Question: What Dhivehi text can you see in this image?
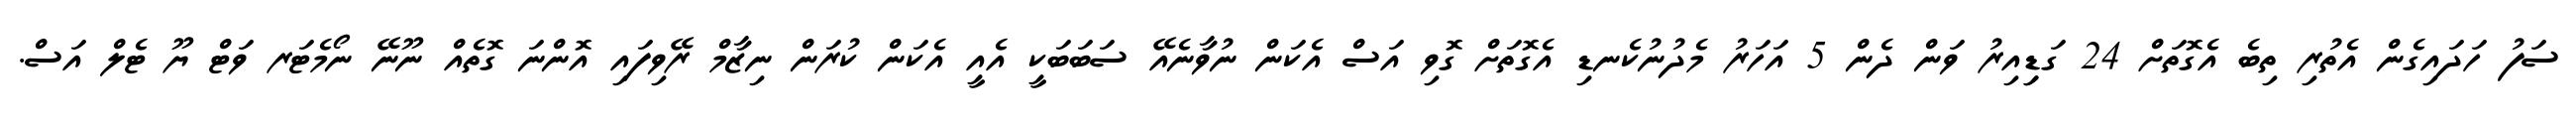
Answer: ސަފު ހަދައިގެން އެތުރި ތިބެ އެގޮތަށް 24 ގަޑިިއިރު ވަން ދެން 5 އަހަރު މެދުނުކެނޑި އެގޮތަށް ގޮވި އަސް އެކަން ނުވާނެއޭ ސަބަބަކީ އެއީ އެކަން ކުރަން ނިޒާމް ރޭވިފައި އޮންނަ ގޮތެއް ނޫނޭ ނޯމެޓަރ ވަޓް ޔޫ ޓެލް އަސް.